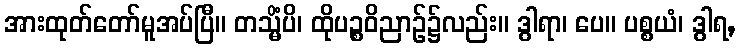
အားထုတ်တော်မူအပ်ပြီ။ တသ္မိံပိ၊ ထိုပဉ္စဝိညာဉ်၌လည်း။ ဒွါရာ၊ ပေ။ ပစ္စယံ၊ ဒွါရ,